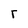
Character: r